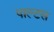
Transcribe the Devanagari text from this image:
पाल्टस